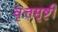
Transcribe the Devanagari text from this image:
वृत्तसृष्टी